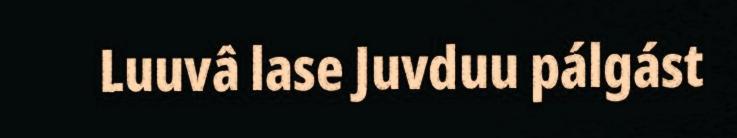
Luuvâ lase Juvduu pálgást